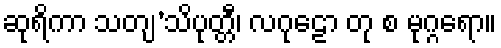
ဆုရိကာ သတျ’သိပုတ္တီ၊ လဂုဠော တု စ မုဂ္ဂရော။